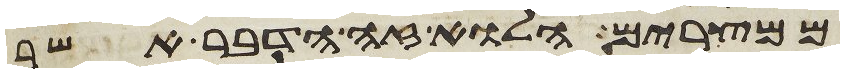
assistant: ממצרים הלוא זה הדבר אשר